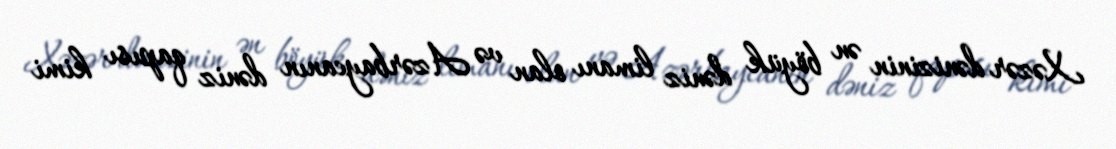
Xəzər dənizinin ən böyük dəniz limanı olan və Azərbaycanın dəniz qapısı kimi